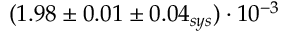
( 1 . 9 8 \pm 0 . 0 1 \pm 0 . 0 4 _ { s y s } ) \cdot 1 0 ^ { - 3 }